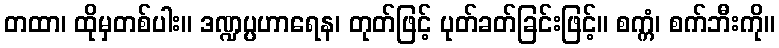
တထာ၊ ထိုမှတစ်ပါး။ ဒဏ္ဍပ္ပဟာရေန၊ တုတ်ဖြင့် ပုတ်ခတ်ခြင်းဖြင့်။ စက္ကံ၊ စက်ဘီးကို။